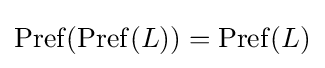
\operatorname {Pref} (\operatorname {Pref} (L))=\operatorname {Pref} (L)